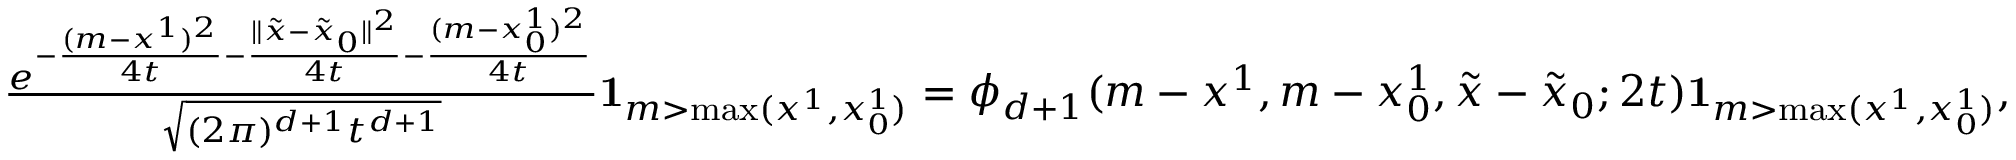
\begin{array} { r } { \frac { e ^ { - \frac { ( m - x ^ { 1 } ) ^ { 2 } } { 4 t } - \frac { \| \tilde { x } - \tilde { x } _ { 0 } \| ^ { 2 } } { 4 t } { - \frac { ( m - x _ { 0 } ^ { 1 } ) ^ { 2 } } { 4 t } } } } { \sqrt { ( 2 \pi ) ^ { d + 1 } { t ^ { d + 1 } } } } { \mathbf 1 } _ { m > \operatorname* { m a x } ( x ^ { 1 } , x _ { 0 } ^ { 1 } ) } = \phi _ { d + 1 } ( m - x ^ { 1 } , m - x _ { 0 } ^ { 1 } , \tilde { x } - \tilde { x } _ { 0 } ; 2 t ) { \mathbf 1 } _ { m > \operatorname* { m a x } ( x ^ { 1 } , x _ { 0 } ^ { 1 } ) } , } \end{array}